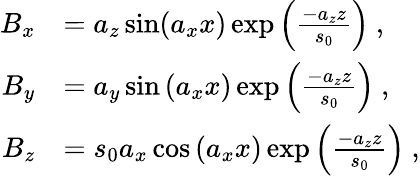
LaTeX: \begin{array}{rl}{B_{x}}&{=a_{z}\sin(a_{x}x)\exp\left(\frac{-a_{z}z}{s_{0}}\right)~,}\\ {B_{y}}&{=a_{y}\sin{(a_{x}x)}\exp\left(\frac{-a_{z}z}{s_{0}}\right)~,}\\ {B_{z}}&{=s_{0}a_{x}\cos{(a_{x}x)}\exp\left(\frac{-a_{z}z}{s_{0}}\right)~,}\end{array}